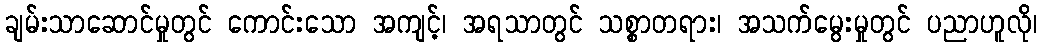
ချမ်းသာဆောင်မှုတွင် ကောင်းသော အကျင့်၊ အရသာတွင် သစ္စာတရား၊ အသက်မွေးမှုတွင် ပညာဟူလို၊